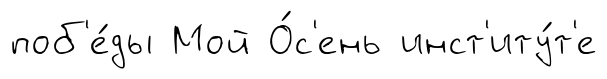
поб'е́ды Мой О́с'ень инст'иту́т'е